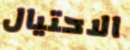
الاحتيال